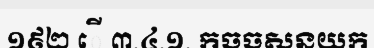
១៩២ ើ ៣.៤.១. កចចសនយក